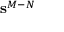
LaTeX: \mathbf { s } ^ { M - N }